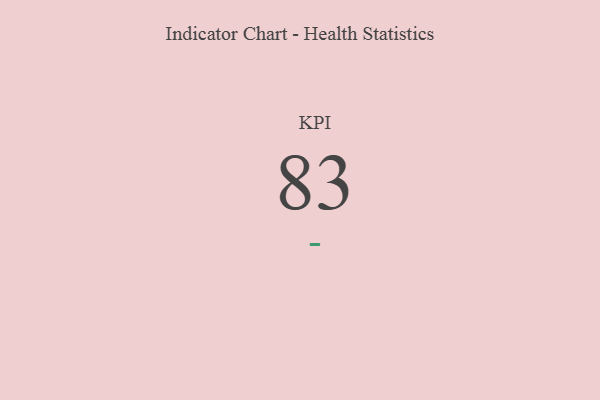
{"axis": {"x": "KPI", "y": "Value"}, "legend": [""], "data": [{"x": "KPI", "y": 83, "type": ""}]}